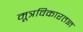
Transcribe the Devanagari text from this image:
मूत्रविकारतज्ञ